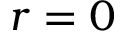
r = 0